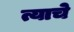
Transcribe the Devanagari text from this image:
त्याचेे